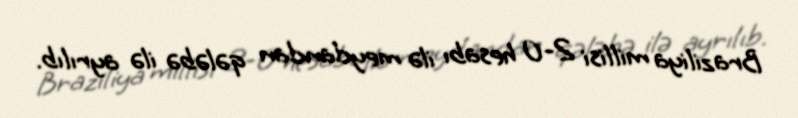
Braziliya millisi 2-0 hesabı ilə meydandan qələbə ilə ayrılıb.